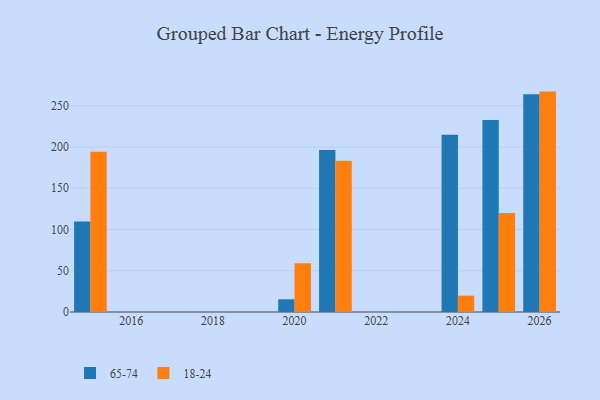
{"axis": {"x": "Year", "y": "LTV (USD)"}, "legend": ["18-24", "65-74"], "data": [{"x": "2020", "y": 15.4, "type": "65-74"}, {"x": "2020", "y": 59.1, "type": "18-24"}, {"x": "2025", "y": 232.7, "type": "65-74"}, {"x": "2025", "y": 120.1, "type": "18-24"}, {"x": "2026", "y": 264.0, "type": "65-74"}, {"x": "2026", "y": 267.2, "type": "18-24"}, {"x": "2024", "y": 214.8, "type": "65-74"}, {"x": "2024", "y": 19.8, "type": "18-24"}, {"x": "2015", "y": 109.8, "type": "65-74"}, {"x": "2015", "y": 194.2, "type": "18-24"}, {"x": "2021", "y": 196.3, "type": "65-74"}, {"x": "2021", "y": 183.4, "type": "18-24"}]}